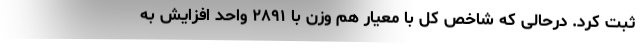
ثبت کرد. درحالی که شاخص کل با معیار هم وزن با ۲۸۹۱ واحد افزایش به